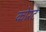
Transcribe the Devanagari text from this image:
कोरटे